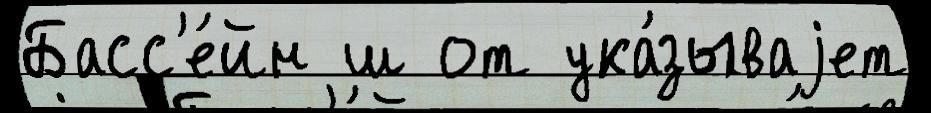
Басс'е́йн ш от ука́зываjет